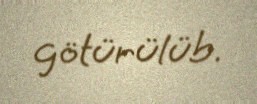
götürülüb.